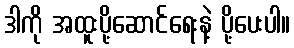
ဒါကို အထူးပို့ဆောင်ရေးနဲ့ ပို့ပေးပါ။